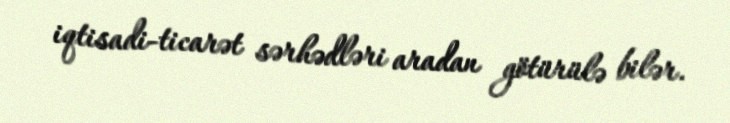
iqtisadi-ticarət sərhədləri aradan götürülə bilər.